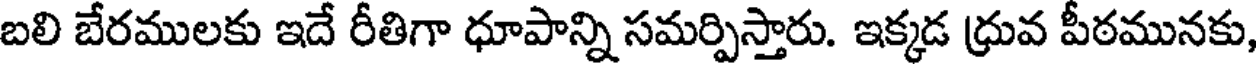
బలి బేరములకు ఇదే రీతిగా ధూపాన్ని సమర్పిస్తారు. ఇక్కడ ధ్రువ పీఠమునకు,